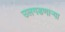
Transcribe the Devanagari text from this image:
उलगडणार्‍या